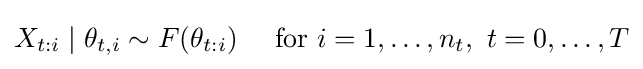
X_{t:i}\mid \theta _{t,i}\sim F(\theta _{t:i})~~~{\text{ for }}i=1,\ldots ,n_{t},~t=0,\ldots ,T